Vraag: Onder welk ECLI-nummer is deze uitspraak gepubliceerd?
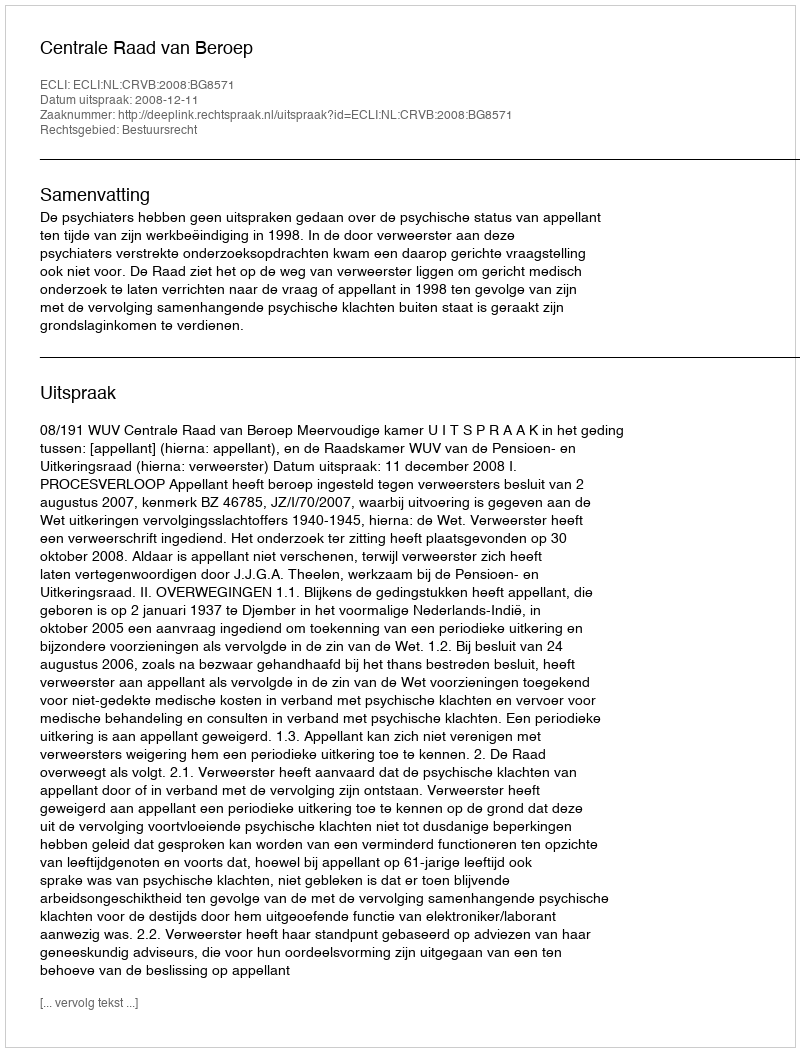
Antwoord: ECLI:NL:CRVB:2008:BG8571